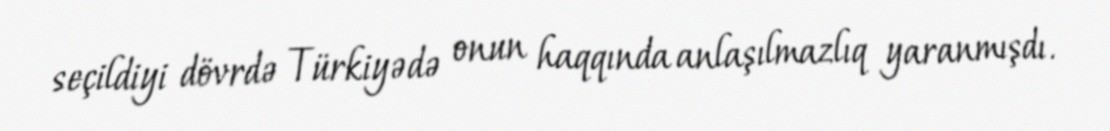
seçildiyi dövrdə Türkiyədə onun haqqında anlaşılmazlıq yaranmışdı.